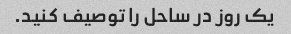
یک روز در ساحل را توصیف کنید.